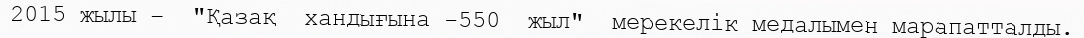
2015 жылы –  "Қазақ  хандығына -550  жыл"  мерекелік медалымен марапатталды.